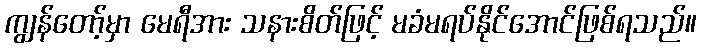
ကျွန်တော့်မှာ မေရီအား သနားစိတ်ဖြင့် မခံမရပ်နိုင်အောင်ဖြစ်ရသည်။